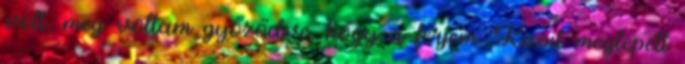
volt, meg voltam győződve, hogy a férjem. Kicsit meglepett